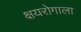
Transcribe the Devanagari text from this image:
क्षयरोगाला